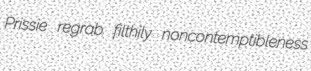
Prissie regrab filthily noncontemptibleness